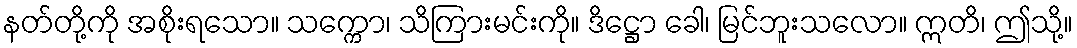
နတ်တို့ကို အစိုးရသော။ သက္ကော၊ သိကြားမင်းကို။ ဒိဋ္ဌော ခေါ၊ မြင်ဘူးသလော။ ဣတိ၊ ဤသို့။